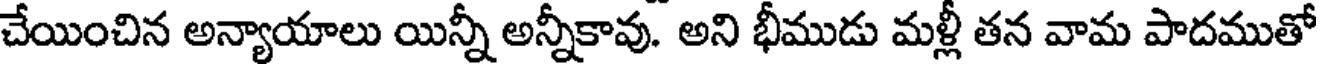
చేయించిన అన్యాయాలు యిన్నీ అన్నీకావు. అని భీముడు మళ్లీ తన వామ పాదముతో